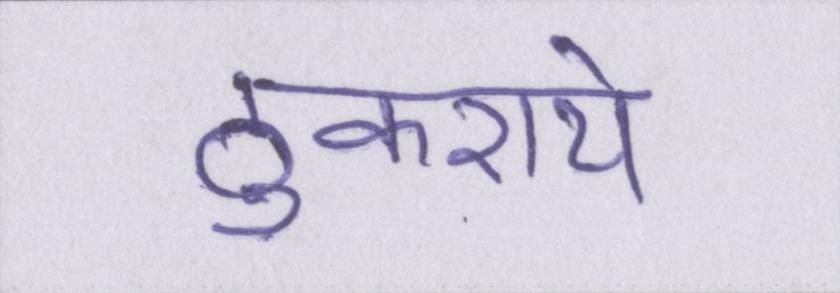
ठुकराये